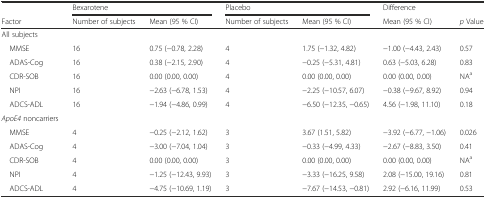
<table><thead><tr><td></td><td colspan="2"><b>Bexarotene</b></td><td colspan="2"><b>Placebo</b></td><td><b>Difference</b></td><td></td></tr><tr><td><b>Factor</b></td><td><b>Number of subjects</b></td><td><b>Mean (95 % CI)</b></td><td><b>Number of subjects</b></td><td><b>Mean (95 % CI)</b></td><td><b>Mean (95 % CI)</b></td><td><b><i>p</i> Value</b></td></tr></thead><tbody><tr><td>All subjects</td><td></td><td></td><td></td><td></td><td></td><td></td></tr><tr><td> MMSE</td><td>16</td><td>0.75 (−0.78, 2.28)</td><td>4</td><td>1.75 (−1.32, 4.82)</td><td>−1.00 (−4.43, 2.43)</td><td>0.57</td></tr><tr><td> ADAS-Cog</td><td>16</td><td>0.38 (−2.15, 2.90)</td><td>4</td><td>−0.25 (−5.31, 4.81)</td><td>0.63 (−5.03, 6.28)</td><td>0.83</td></tr><tr><td> CDR-SOB</td><td>16</td><td>0.00 (0.00, 0.00)</td><td>4</td><td>0.00 (0.00, 0.00)</td><td>0.00 (0.00, 0.00)</td><td>NA<sup>a</sup></td></tr><tr><td> NPI</td><td>16</td><td>−2.63 (−6.78, 1.53)</td><td>4</td><td>−2.25 (−10.57, 6.07)</td><td>−0.38 (−9.67, 8.92)</td><td>0.94</td></tr><tr><td> ADCS-ADL</td><td>16</td><td>−1.94 (−4.86, 0.99)</td><td>4</td><td>−6.50 (−12.35, −0.65)</td><td>4.56 (−1.98, 11.10)</td><td>0.18</td></tr><tr><td><i>ApoE4</i> noncarriers</td><td></td><td></td><td></td><td></td><td></td><td></td></tr><tr><td> MMSE</td><td>4</td><td>−0.25 (−2.12, 1.62)</td><td>3</td><td>3.67 (1.51, 5.82)</td><td>−3.92 (−6.77, −1.06)</td><td>0.026</td></tr><tr><td> ADAS-Cog</td><td>4</td><td>−3.00 (−7.04, 1.04)</td><td>3</td><td>−0.33 (−4.99, 4.33)</td><td>−2.67 (−8.83, 3.50)</td><td>0.41</td></tr><tr><td> CDR-SOB</td><td>4</td><td>0.00 (0.00, 0.00)</td><td>3</td><td>0.00 (0.00, 0.00)</td><td>0.00 (0.00, 0.00)</td><td>NA<sup>a</sup></td></tr><tr><td> NPI</td><td>4</td><td>−1.25 (−12.43, 9.93)</td><td>3</td><td>−3.33 (−16.25, 9.58)</td><td>2.08 (−15.00, 19.16)</td><td>0.81</td></tr><tr><td> ADCS-ADL</td><td>4</td><td>−4.75 (−10.69, 1.19)</td><td>3</td><td>−7.67 (−14.53, −0.81)</td><td>2.92 (−6.16, 11.99)</td><td>0.53</td></tr></tbody></table>